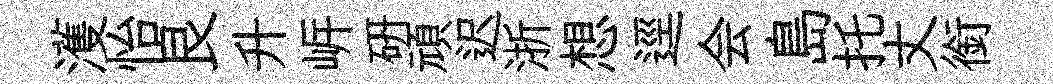
濩怡艮升㟁硏頑迟浙想逕会島托丈銜